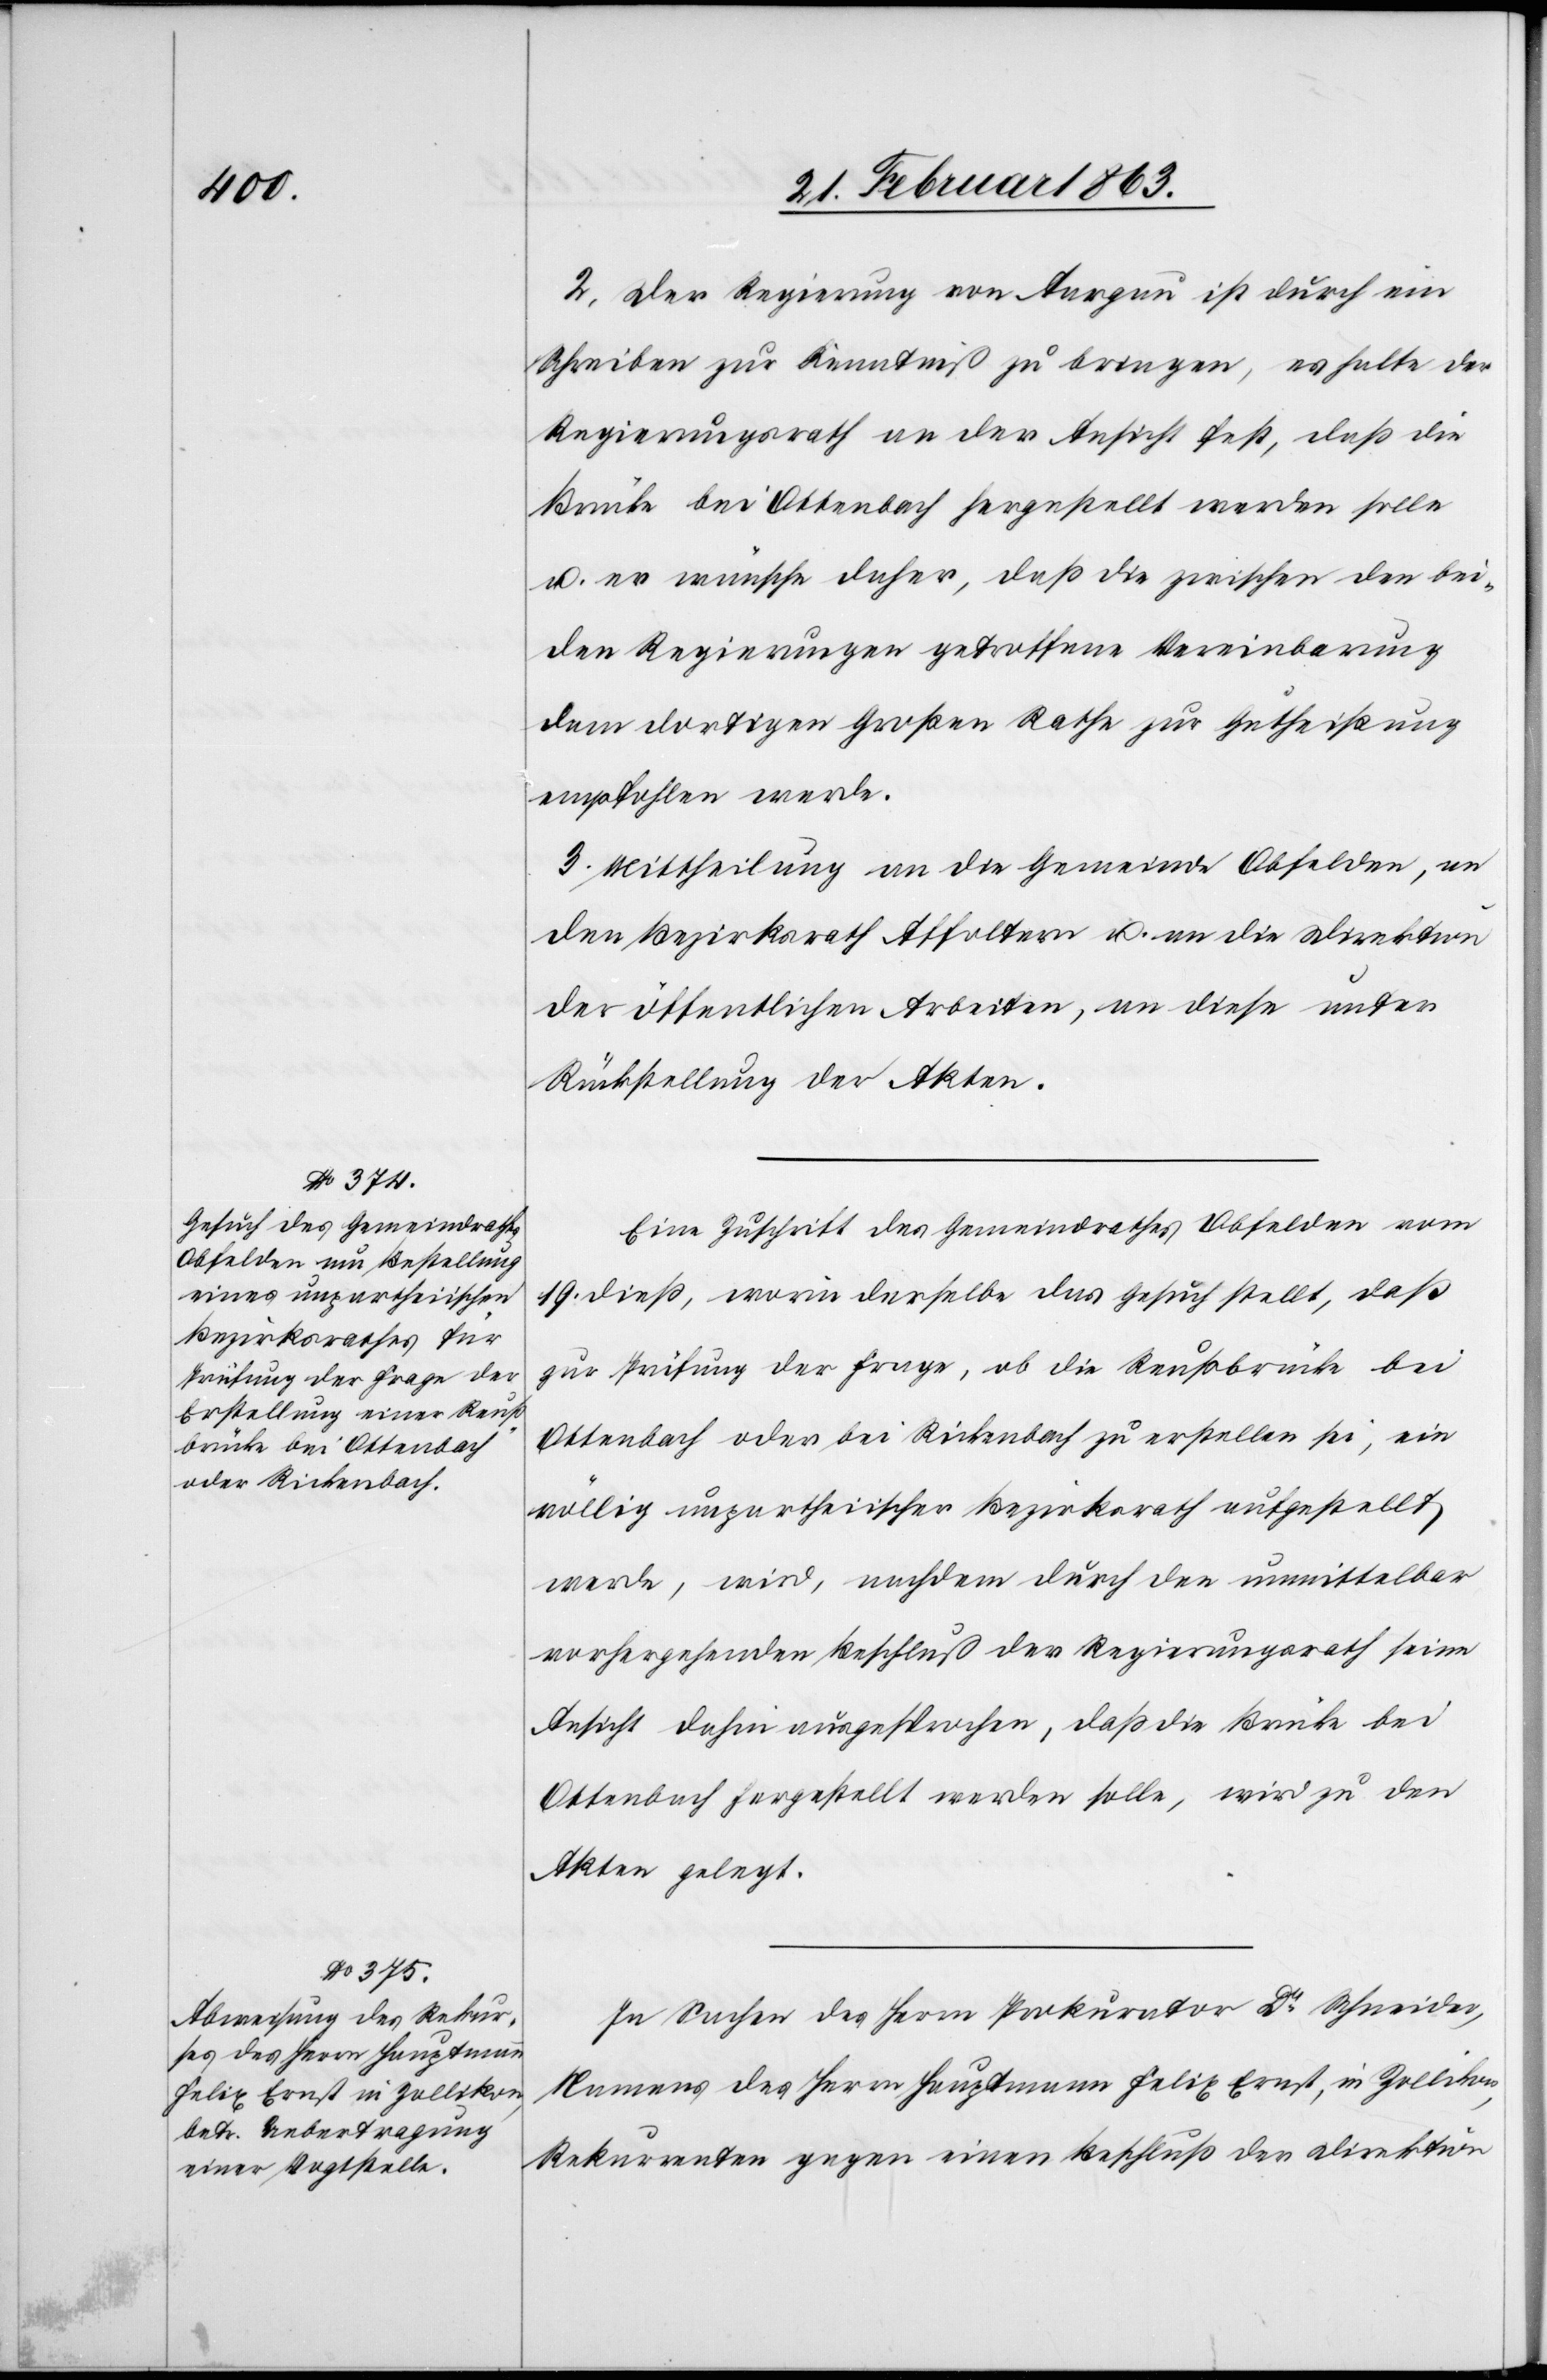
2. Der Regierung von Aargau ist durch ein
Schreiben zur Kenntniß zu bringen, es halte der
Regierungsrath an der Ansicht fest, daß die
Brücke bei Ottenbach hergestellt werden solle
u. er wünsche daher, daß die zwischen den bei¬
den Regierungen getroffene Vereinbarung
dem dortigen Großen Rathe zur Gutheißung
empfohlen werde.
3. Mittheilung an die Gemeinde Obfelden, an
den Bezirksrath Affoltern u. an die Direktion
der öffentlichen Arbeiten, an diese unter
Rückstellung der Akten.
Eine Zuschrift des Gemeindrathes Obfelden vom
19. dieß, worin derselbe das Gesuch stellt, daß
zur Prüfung der Frage, ob die Reußbrücke bei
Ottenbach oder bei Rickenbach zu erstellen sei, ein
völlig unpartheiischer Bezirksrath aufgestellt
werde, wird, nachdem durch den unmittelbar
vorhergehenden Beschluß der Regierungsrath seine
Ansicht dahin ausgesprochen, daß die Brücke bei
Ottenbach hergestellt werden solle, wird [sic!] zu den
Akten gelegt.
In Sachen des Herrn Prokurator Dr Schneider,
Namens der Herrn Hauptmann Felix Ernst, in Zollikon,
Rekurrenten gegen einen Beschluß der Direktion